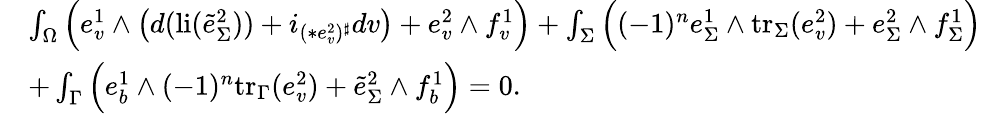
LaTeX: \begin{array}{rl}&{\int_{\Omega}\Big(e_{v}^{1}\wedge\big(d(\mathrm{li}(\tilde{e}_{\Sigma}^{2}))+i_{(\ast e_{v}^{2})^{\sharp}}dv\big)+e_{v}^{2}\wedge f_{v}^{1}\Big)+\int_{\Sigma}\Big((-1)^{n}e_{\Sigma}^{1}\wedge\mathrm{tr}_{\Sigma}(e_{v}^{2})+e_{\Sigma}^{2}\wedge f_{\Sigma}^{1}\Big)}\\ &{+\int_{\Gamma}\Big(e_{b}^{1}\wedge(-1)^{n}\mathrm{tr}_{\Gamma}(e_{v}^{2})+\tilde{e}_{\Sigma}^{2}\wedge f_{b}^{1}\Big)=0.}\end{array}